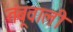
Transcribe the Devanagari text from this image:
तंबूवाली